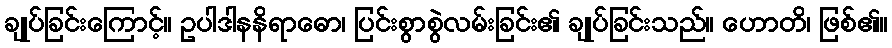
ချုပ်ခြင်းကြောင့်။ ဥပါဒါနနိရာဓော၊ ပြင်းစွာစွဲလမ်းခြင်း၏ ချုပ်ခြင်းသည်။ ဟောတိ၊ ဖြစ်၏။